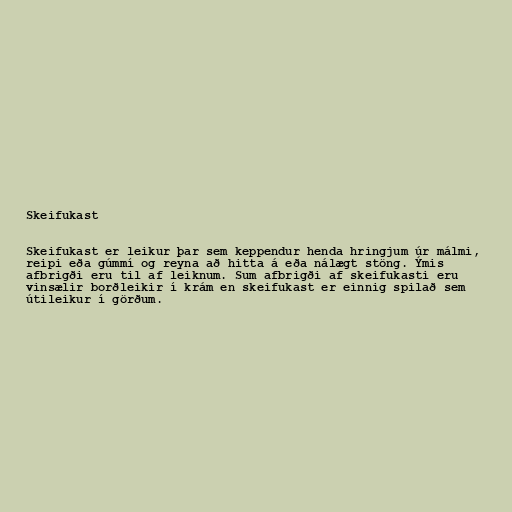
Skeifukast

Skeifukast er leikur þar sem keppendur henda hringjum úr málmi,
reipi eða gúmmí og reyna að hitta á eða nálægt stöng. Ýmis
afbrigði eru til af leiknum. Sum afbrigði af skeifukasti eru
vinsælir borðleikir í krám en skeifukast er einnig spilað sem
útileikur í görðum.